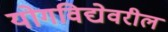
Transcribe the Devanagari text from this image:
योगविद्येवरील